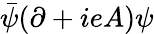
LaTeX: {\bar{\psi}}(\partial+ieA)\psi